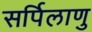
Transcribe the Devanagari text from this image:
सर्पिलाणु